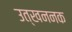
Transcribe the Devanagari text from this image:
उत्खननक